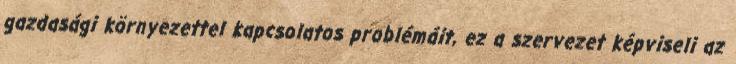
gazdasági környezettel kapcsolatos problémáit, ez a szervezet képviseli az